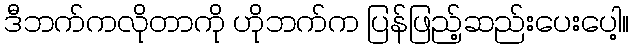
ဒီဘက်ကလိုတာကို ဟိုဘက်က ပြန်ဖြည့်ဆည်းပေးပေါ့။